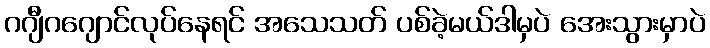
ဂဂျီဂဂျောင်လုပ်နေရင် အသေသတ် ပစ်ခဲ့မယ်ဒါမှပဲ အေးသွားမှာပဲ